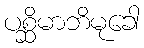
ပစ္ဆိမာဘိမုခေါ